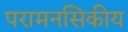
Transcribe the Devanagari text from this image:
परामनसिकीय